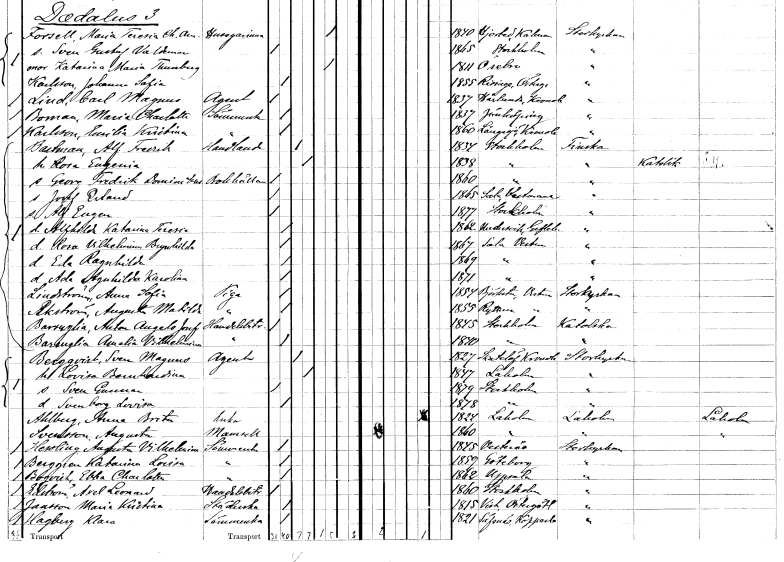
gt_parse: households: individuals: FN: Alf Fredrik
EN: Bastman
YRKE: Handlande
KON: M
CIV: G
FODAR: 1834
FODFORS: Stockholm
FN: Rosa Eugenia
KON: K
CIV: G
FODAR: 1838
FODFORS: Stockholm
FN: Georg Fredrik Dominatus
YRKE: Bokhållare
KON: M
CIV: O
FODAR: 1860
FODFORS: Stockholm
FN: Josef Erland
KON: M
CIV: O
FODAR: 1865
FODFORS: Sala Västmanlands län
FN: Alf Eugen
KON: M
CIV: O
FODAR: 1877
FODFORS: Stockholm
FN: Alfhilda Katarina Teresia
KON: K
CIV: O
FODAR: 1862
FODFORS: Undersvik Gävleborgs län
FN: Rosa Vilhelmina Brynhilda
KON: K
CIV: O
FODAR: 1867
FODFORS: Sala Västmanlands län
FN: Eda Ragnhilda
KON: K
CIV: O
FODAR: 1869
FODFORS: Sala Västmanlands län
FN: Ada Agnhilda Karolina
KON: K
CIV: O
FODAR: 1871
FODFORS: Sala Västmanlands län
FN: Anna Sofia
EN: Lindström
YRKE: Piga
KON: K
CIV: O
FODAR: 1854
FODFORS: Björksta Västmanlands län
FN: Augusta Matilda
EN: Ekström
YRKE: Piga
KON: K
CIV: O
FODAR: 1855
FODFORS: Rytterne Västmanlands län
FN: Anton Angels Josef
EN: Barzuglia
YRKE: Handelsbiträde
KON: M
CIV: O
FODAR: 1845
FODFORS: Stockholm
FN: Amalia Vilhelmina
EN: Barzuglia
YRKE: Handelsbiträde
KON: K
CIV: O
FODAR: 1840
FODFORS: Stockholm
FN: Sven Magnus
EN: Bergqvist
YRKE: Agent
KON: M
CIV: G
FODAR: 1827
FODFORS: Skatelöv Kronobergs län
FN: Lovisa Bernhardina
KON: K
CIV: G
FODAR: 1847
FODFORS: Laholm Hallands län
FN: Sven Gunnar
KON: M
CIV: O
FODAR: 1879
FODFORS: Stockholm
FN: Svenborg Lovisa
KON: K
CIV: O
FODAR: 1878
FODFORS: Stockholm
FN: Anna Brita
EN: Ahlberg
YRKE: Änka
KON: K
CIV: E
FODAR: 1824
FODFORS: Laholm Hallands län
FN: Augusta
EN: Svensson
KON: K
CIV: O
FODAR: 1860
FODFORS: Laholm Hallands län
FN: Augusta Vilhelmina
EN: Hessling
YRKE: Sömmerska
KON: K
CIV: O
FODAR: 1845
FODFORS: Västerås Västmanlands län
FN: Katarina Lovisa
EN: Berggren
YRKE: Sömmerska
KON: K
CIV: O
FODAR: 1859
FODFORS: Göteborg Göteborgs- och Bohuslän
FN: Ebba Charlotta
EN: Borgvik
YRKE: Sömmerska
KON: K
CIV: O
FODAR: 1862
FODFORS: Uppsala Uppsala län
FN: Axel Leonard
EN: Edström
YRKE: Handelsbiträde
KON: M
CIV: O
FODAR: 1860
FODFORS: Stockholm
FN: Maria Kristina
EN: Jansson
YRKE: Städerska
KON: K
CIV: O
FODAR: 1815
FODFORS: Vist Östergötlands län
FN: Klara
EN: Hagberg
YRKE: Sömmerska
KON: K
CIV: O
FODAR: 1821
FODFORS: Säfsnäs Kopparbergs län